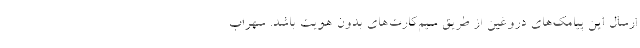
ارسال این پیامک‌های دروغین از طریق سیم‌کارت‌های بدون هویت باشد. سهراب